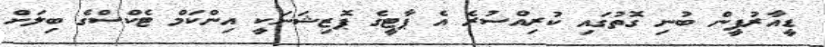
ޑީއާރުޕީން ބުނި ގޮތުގައި ކުރިއްސުރެ އެ ޕާޓީގެ ޕޮޒިޝަނަކީ އިންކަމް ޓެކްސްގެ ބިލަށް